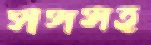
সসসহ